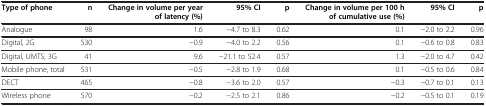
<table><thead><tr><td><b>Type of phone</b></td><td><b>n</b></td><td><b>Change in volume per year of latency (%)</b></td><td><b>95%CI</b></td><td><b>p</b></td><td><b>Change in volume per 100 h of cumulative use (%)</b></td><td><b>95%CI</b></td><td><b>p</b></td></tr></thead><tbody><tr><td>Analogue</td><td>98</td><td>1.6</td><td>−4.7 to 8.3</td><td>0.62</td><td>0.1</td><td>−2.0 to 2.2</td><td>0.96</td></tr><tr><td>Digital, 2G</td><td>530</td><td>−0.9</td><td>−4.0 to 2.2</td><td>0.56</td><td>0.1</td><td>−0.6 to 0.8</td><td>0.83</td></tr><tr><td>Digital, UMTS, 3G</td><td>41</td><td>9.6</td><td>−21.1 to 52.4</td><td>0.57</td><td>1.3</td><td>−2.0 to 4.7</td><td>0.42</td></tr><tr><td>Mobile phone, total</td><td>531</td><td>−0.5</td><td>−2.8 to 1.9</td><td>0.68</td><td>0.1</td><td>−0.5 to 0.6</td><td>0.84</td></tr><tr><td>DECT</td><td>465</td><td>−0.8</td><td>−3.6 to 2.0</td><td>0.57</td><td>−0.3</td><td>−0.7 to 0.1</td><td>0.13</td></tr><tr><td>Wireless phone</td><td>570</td><td>−0.2</td><td>−2.5 to 2.1</td><td>0.86</td><td>−0.2</td><td>−0.5 to 0.1</td><td>0.19</td></tr></tbody></table>